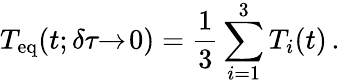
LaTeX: T_{\mathrm{eq}}(t;\delta\tau\! \! \to\! 0)=\frac{1}{3}\sum_{i=1}^{3}T_{i}(t)\, .